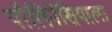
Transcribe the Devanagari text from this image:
पॉलिनेशियाला